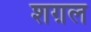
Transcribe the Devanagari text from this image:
शग़ल